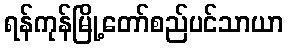
ရန်ကုန်မြို့တော်စည်ပင်သာယာ